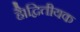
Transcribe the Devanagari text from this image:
है।द्वितीयक